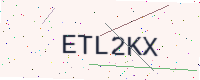
Text: ETL2KX